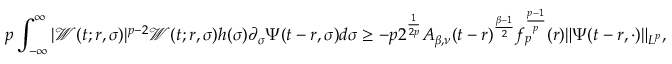
p \int _ { - \infty } ^ { \infty } | \mathcal { W } ( t ; r , \sigma ) | ^ { p - 2 } \mathcal { W } ( t ; r , \sigma ) h ( \sigma ) \partial _ { \sigma } \Psi ( t - r , \sigma ) d \sigma \geq - p 2 ^ { \frac { 1 } { 2 p } } A _ { \beta , \nu } ( t - r ) ^ { \frac { \beta - 1 } { 2 } } f _ { p } ^ { \frac { p - 1 } { p } } ( r ) \| \Psi ( t - r , \cdot ) \| _ { L ^ { p } } ,